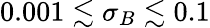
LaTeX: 0.001\lesssim\sigma_{B}\lesssim 0.1